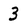
Character: 3